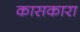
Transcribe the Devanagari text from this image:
कासकारा